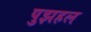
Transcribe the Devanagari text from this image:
पुझहल